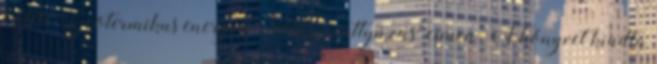
kötete "Geotermikus energia · Hőszivattyúzás" címen. A könyvet kiadta